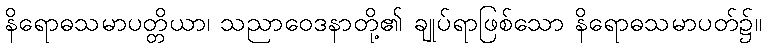
နိရောဓသမာပတ္တိယာ၊ သညာဝေဒနာတို့၏ ချုပ်ရာဖြစ်သော နိရောဓသမာပတ်၌။